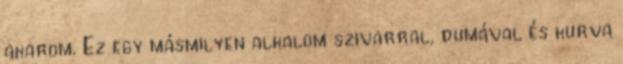
akarom. Ez egy másmilyen alkalom szivarral, dumával és kurva